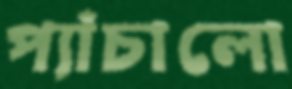
প্যাঁচালো